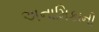
અનામિકાની